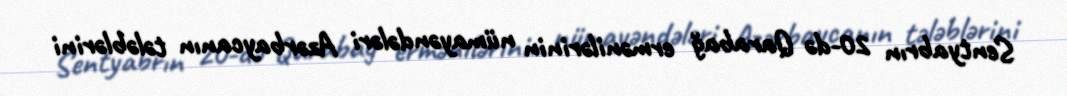
Sentyabrın 20-də Qarabağ ermənilərinin nümayəndələri Azərbaycanın tələblərini